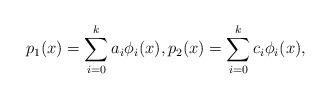
LaTeX: \begin{align*} p_1(x) = \sum_{i=0}^k a_i\phi_i(x), p_2(x) = \sum_{i=0}^{k} c_i\phi_i(x), \end{align*}